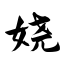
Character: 娆